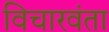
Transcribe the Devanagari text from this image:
विचारवंता